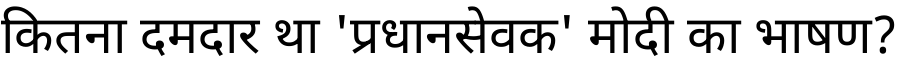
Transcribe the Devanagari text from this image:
कितना दमदार था 'प्रधानसेवक' मोदी का भाषण?